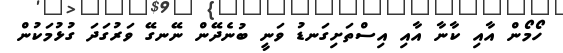
ހޯމޯން އާއި ކާނާ އާއި އިސްތަށިގަނޑު ވަނީ ބުނެދޭން ނޭނގޭ ވަރުގަދަ ގުޅުމަކުން